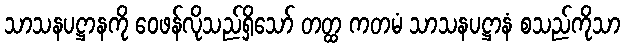
သာသနပဋ္ဌာနကို ဝေဖန်လိုသည်ရှိသော် တတ္ထ ကတမံ သာသနပဋ္ဌာနံ စသည်ကိုသာ